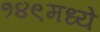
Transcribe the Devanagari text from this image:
१४९मध्ये